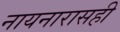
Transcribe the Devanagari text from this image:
नायनारासही